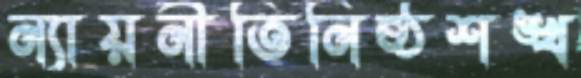
ন্যায়নীতিনিষ্ঠশঙ্খ